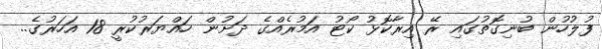
ފުލުހުން ބުނިގޮތުގައި ރޭ އިރާކޮޅު ކޯޓު އަމުރެއްގެ ދަށުން ހައްޔަރުކުރީ 18 އަހަރުގެ..